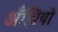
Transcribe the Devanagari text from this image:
अँझियो